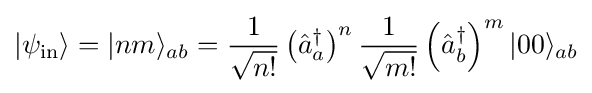
|\psi _{\text{in}}\rangle =|nm\rangle _{ab}={\frac {1}{\sqrt {n!}}}\left({\hat {a}}_{a}^{\dagger }\right)^{n}{\frac {1}{\sqrt {m!}}}\left({\hat {a}}_{b}^{\dagger }\right)^{m}|00\rangle _{ab}